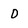
Character: D